画像に写った文字を読んでください
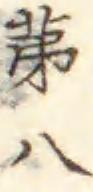
「第八」と書いてあります